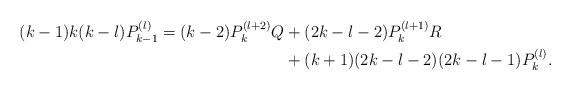
LaTeX: \begin{align*}(k-1) k (k-l) P_{k-1}^{(l)} = (k-2) P_k^{(l+2)} Q & + (2k-l-2) P_k^{(l+1)} R \\& + (k+1) (2k-l-2) (2k-l-1) P_k^{(l )} .\end{align*}